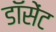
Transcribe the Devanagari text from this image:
डॉसेंट